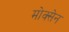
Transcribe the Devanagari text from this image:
मोक्सेन